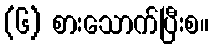
(၆) စားသောက်ပြီးစ။